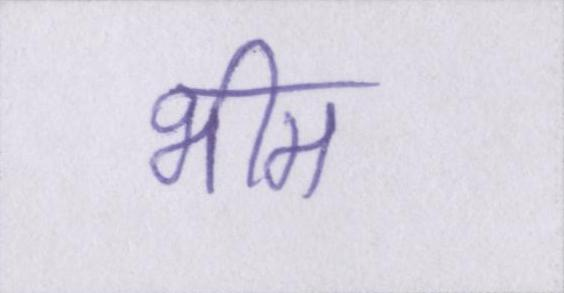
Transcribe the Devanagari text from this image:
भीम